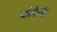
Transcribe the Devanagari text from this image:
कोपेसी